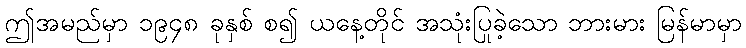
ဤအမည်မှာ ၁၉၄၈ ခုနှစ် စ၍ ယနေ့တိုင် အသုံးပြုခဲ့သော ဘားမား မြန်မာမှာ